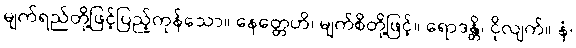
မျက်ရည်တို့ဖြင့်ပြည့်ကုန်သော။ နေတ္တေဟိ၊ မျက်စိတို့ဖြင့်။ ရောဒန္တိ၊ ငိုလျက်။ နံ၊